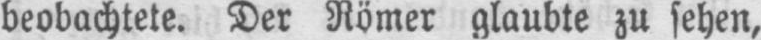
beobachtete. Der Römer glaubte zu sehen,